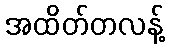
အထိတ်တလန့်